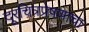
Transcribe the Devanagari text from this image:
दूरचित्रप्रेषणाचा